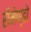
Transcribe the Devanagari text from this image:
रीमेण्डो